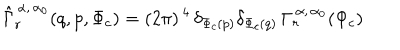
\hat { \Gamma } _ { r } ^ { \, \alpha , \, \alpha _ { 0 } } ( q , p , \Phi _ { c } ) = ( 2 \pi ) ^ { \, 4 } \, \delta _ { \Phi _ { c } ( p ) } \delta _ { \Phi _ { c } ( q ) } \, \Gamma _ { r } ^ { \, \alpha , \, \alpha _ { 0 } } ( \Phi _ { c } )